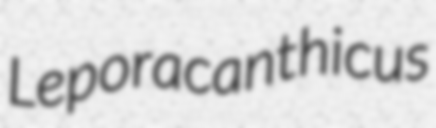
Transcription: Leporacanthicus